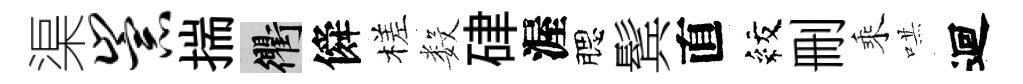
渠崇揣衢僢槎数硉渥腮鬂直紋删乘哄迴